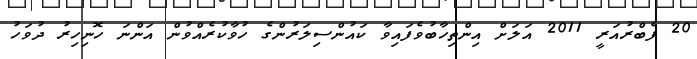
20 ފެބްރުއަރީ 2011 އަލަށް އިންތިހާބުވެފައިވާ ކައުންސިލަރުންގެ ހުވާކުރެއްވުން އަންނަ ހޮނިހިރު ދުވަހު